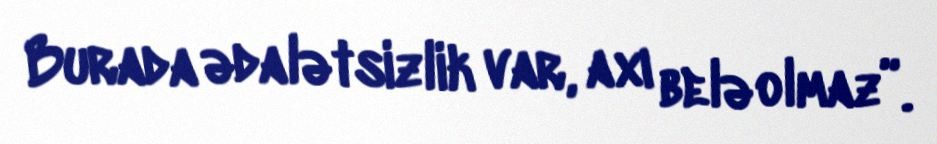
Burada ədalətsizlik var, axı belə olmaz”.